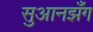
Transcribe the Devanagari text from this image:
सुआनझँग